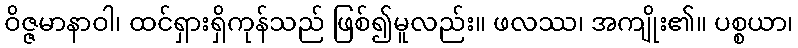
ဝိဇ္ဇမာနာဝါ၊ ထင်ရှားရှိကုန်သည် ဖြစ်၍မူလည်း။ ဖလဿ၊ အကျိုး၏။ ပစ္စယာ၊